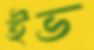
ইভ